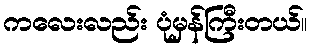
ကလေးလည်း ပုံမှန်ကြီးတယ်။